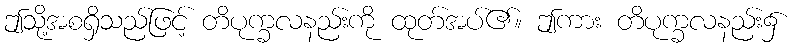
ဤသို့အစရှိသည်ဖြင့် တိပုက္ခလနည်းကို ထုတ်အပ်၏။ ဤကား တိပုက္ခလနည်း၌